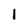
Character: 1